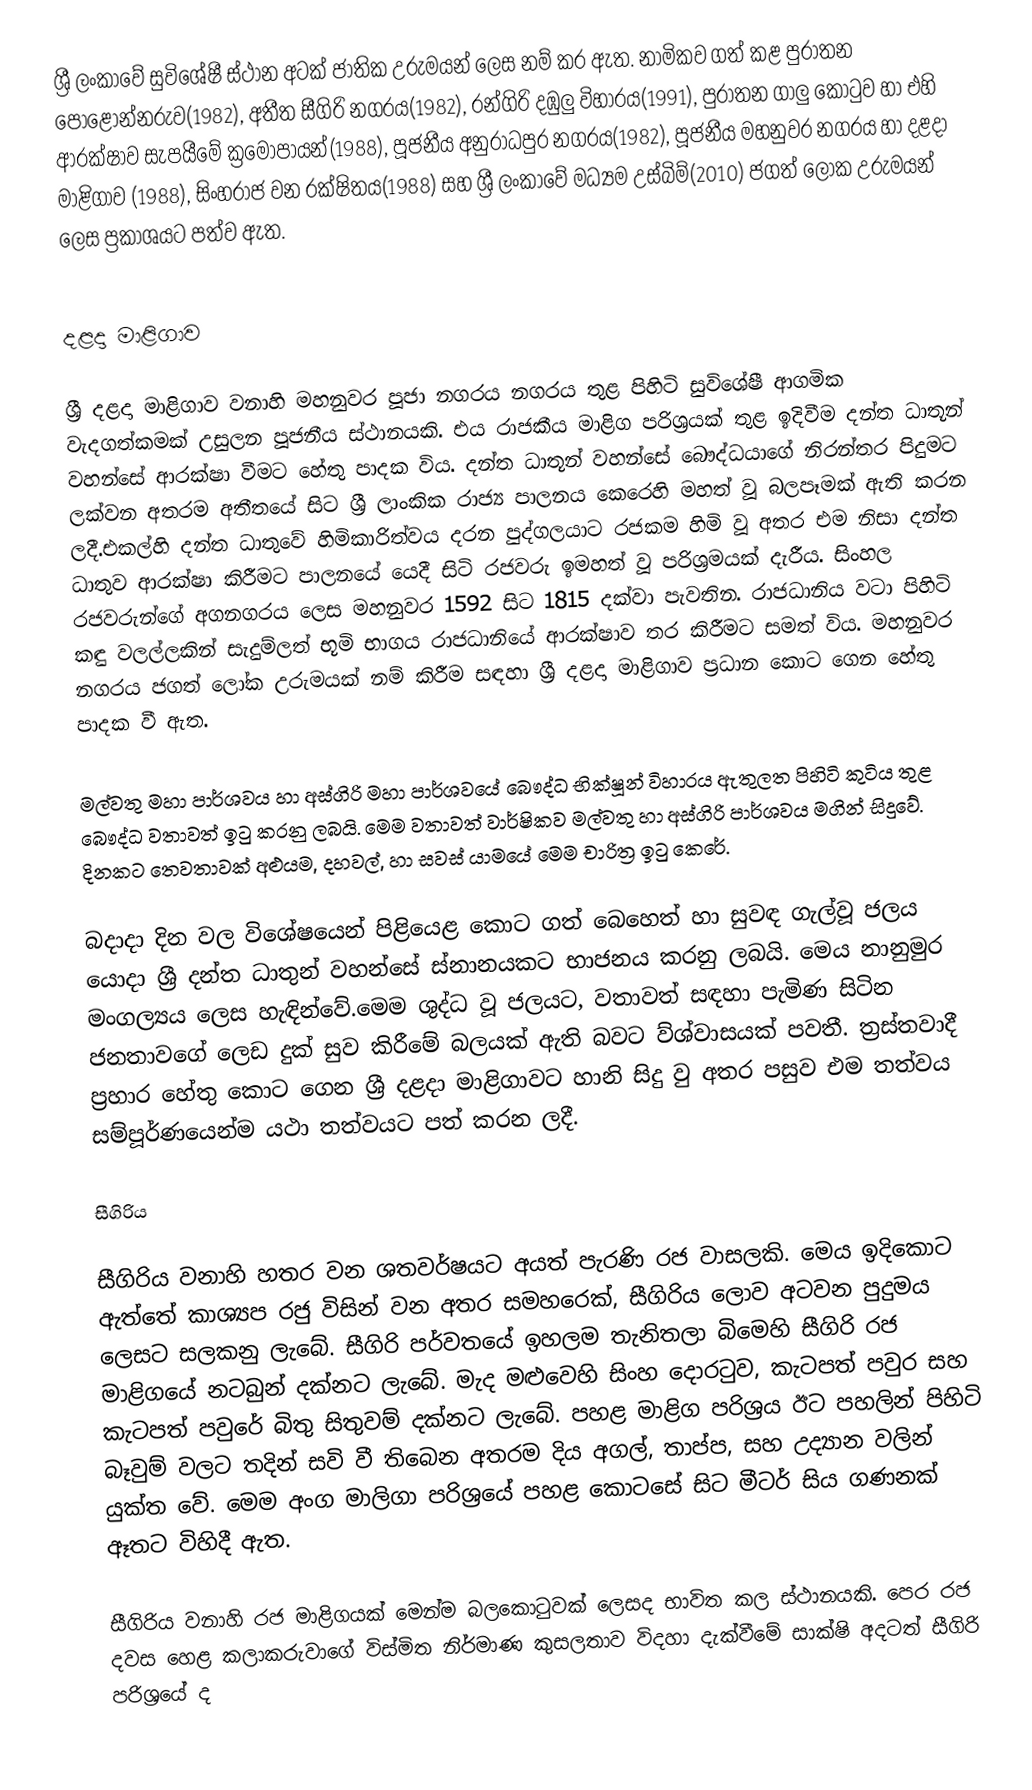
ශ්‍රී ලංකාවේ සුවිශේෂී ස්ථාන අටක් ජාතික උරුමයන් ලෙස නම් කර ඇත. නාමිකව ගත් කළ පුරාතන පොළොන්නරුව(1982), අතීත සීගිරි නගරය(1982), රන්ගිරි දඹුලු විහාරය(1991), පුරාතන ගාලු කොටුව  හා එහි ආරක්ෂාව සැපයීමේ ක්‍රමෝපායන්(1988), පූජනීය අනුරාධපුර නගරය(1982), පූජනීය මහනුවර නගරය හා දළදා මාළිගාව (1988), සිංහරාජ වන රක්ෂිතය(1988) සහ ශ්‍රී ලංකාවේ මධ්‍යම උස්බිම්(2010) ජගත් ලෝක උරුමයන් ලෙස ප්‍රකාශයට පත්ව ඇත.

දළදා මාළිගාව

ශ්‍රී දළදා මාළිගාව වනාහි මහනුවර පූජා නගරය නගරය තුළ පිහිටි සුවිශේෂී ආගමික වැදගත්කමක් උසුලන පූජනීය ස්ථානයකි. එය රාජකීය මාළිග පරිශ්‍රයක් තුළ ඉදිවීම දන්ත ධාතූන් වහන්සේ ආරක්ෂා වීමට හේතු පාදක විය. දන්ත ධාතූන් වහන්සේ බෞද්ධයාගේ නිරන්තර පිදුමට ලක්වන අතරම අතීතයේ සිට ශ්‍රී ලාංකික රාජ්‍ය පාලනය කෙරෙහි මහත් වූ බලපෑමක් ඇති කරන ලදී.එකල්හි දන්ත ධාතුවේ හිමිකාරිත්වය දරන පුද්ගලයාට රජකම හිමි වූ අතර එම නිසා දන්ත ධාතුව ආරක්ෂා කිරීමට පාලනයේ යෙදී සිටි රජවරු ඉමහත් වූ පරිශ්‍රමයක් දැරීය. සිංහල රජවරුන්ගේ අගනගරය ලෙස මහනුවර 1592 සිට 1815 දක්වා පැවතින. රාජධානිය වටා පිහිටි කඳු වලල්ලකින් සැදුම්ලත් භූමි භාගය රාජධානියේ ආරක්ෂාව තර කිරීමට සමත් විය. මහනුවර නගරය  ජගත් ලෝක උරුමයක් නම් කිරීම සඳහා ශ්‍රී දළදා මාළිගාව ප්‍රධාන කොට ගෙන හේතු පාදක වී ඇත.

මල්වතු මහා පාර්ශවය හා අස්ගිරි මහා පාර්ශව‍යේ බෞද්ධ භික්ෂූන් විහාරය ඇතුලත පිහිටි කුටිය තුළ බෞද්ධ වතාවත් ඉටු කරනු ලබයි. මෙම වතාවත් වාර්ෂිකව මල්වතු හා අස්ගිරි පාර්ශව‍ය මගින් සිදුවේ. දිනකට තෙවතාවක් අළුයම, දහවල්, හා සවස් යාමයේ මෙම චාරිත්‍ර ඉටු කෙරේ.

බදාදා දින වල විශේෂයෙන් පිළියෙළ කොට ගත් බෙහෙත් හා සුවඳ ගැල්වූ ජලය යොදා ශ්‍රී දන්ත ධාතුන් වහන්සේ ස්නානයකට භාජනය කරනු ලබයි. මෙය නානුමුර මංගල්‍යය ලෙස හැඳින්වේ.මෙම ශුද්ධ වූ ජලයට, වතාවත් සඳහා පැමිණ සිටින ජනතාවගේ ලෙඩ දුක් සුව කිරීමේ බලයක් ඇති බවට ව්ශ්වාසයක් පවතී. ත්‍රස්තවාදී ප්‍රහාර හේතු කොට ගෙන ශ්‍රී දළදා මාළිගාවට හානි සිදු වු අතර පසුව එම තත්වය සම්පූර්ණයෙන්ම යථා තත්වයට පත් කරන ලදී.

සීගිරිය

සීගිරිය වනාහි හතර වන ශතවර්ෂයට අයත් පැරණි රජ වාසලකි. මෙය ඉදිකොට ඇත්තේ කාශ්‍යප රජු විසින් වන අතර සමහරෙක්, සීගිරිය ලොව අටවන පුදුමය ලෙසට සලකනු ලැබේ. සීගිරි පර්වතයේ ඉහලම තැනිතලා බිමෙහි සීගිරි රජ මාළිගයේ නටබුන් දක්නට ලැබේ. මැද මළුවෙහි සිංහ දොරටුව, කැටපත් පවුර සහ කැටපත් පවුරේ බිතු සිතුවම් දක්නට ලැබේ. පහළ මාළිග පරිශ්‍රය ඊට පහලින් පිහිටි බෑවුම් වලට තදින් සවි වී තිබෙන අතරම දිය අගල්, තාප්ප, සහ උද්‍යාන වලින් යුක්ත වේ. මෙම අංග මාලිගා පරිශ්‍රයේ පහළ  කොටසේ සිට මීටර් සිය ගණනක් ඈතට විහිදී ඇත.

සීගිරිය වනාහි රජ මාළිගයක් මෙන්ම බලකොටුවක් ලෙසද භාවිත කල ස්ථානයකි. පෙර රජ දවස හෙළ කලාකරුවාගේ විස්මිත නිර්මාණ කුසලතාව විදහා දැක්වීමේ සාක්ෂි අදටත් සීගිරි පරිශ්‍රයේ ද